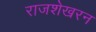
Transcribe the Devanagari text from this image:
राजशेखरन